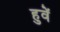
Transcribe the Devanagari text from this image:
हुवें